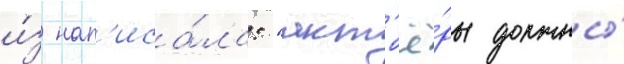
и́з нап'иса́ла: "акт'ё́ры должны́